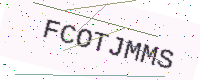
Text: FCOTJMMS